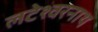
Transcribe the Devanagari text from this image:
लटेश्वरनाथ